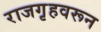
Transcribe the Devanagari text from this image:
राजगृहवरून